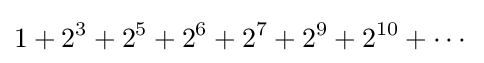
1+2^{3}+2^{5}+2^{6}+2^{7}+2^{9}+2^{10}+\cdots